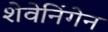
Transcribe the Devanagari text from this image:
शेवेनिंगेन